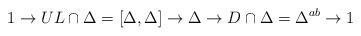
LaTeX: \begin{align*} 1\to UL\cap \Delta=[\Delta,\Delta]\to \Delta \to D\cap \Delta=\Delta^{ab}\to 1\end{align*}